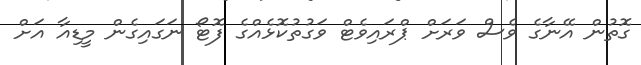
ގޮތުން އޭނާގެ ވެސް ވަރަށް ޕްރައިވެޓް ވަގުތުކޮޅެއްގެ ފޮޓޯ ނަގައިގެން މީޑިއާ އަށް